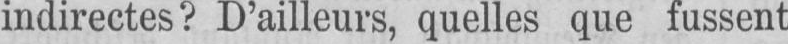
indirectes? D’ailleurs, quelles que fussent